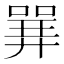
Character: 𱔈